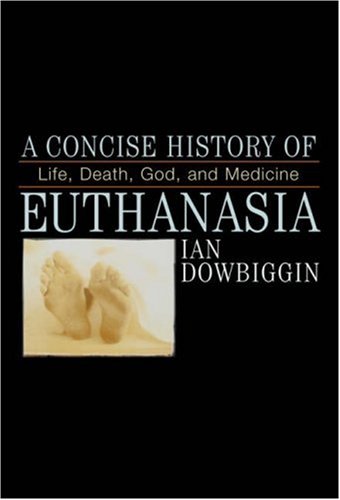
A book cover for A Concise History of Euthanasia: Life, Death, God, and Medicine (Critical Issues in World and International History); Ian Dowbiggin; Medical Books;